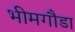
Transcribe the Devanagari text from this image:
भीमगौडा